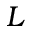
L